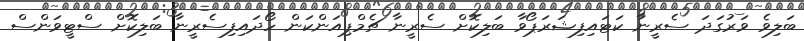
ބަލިވެ ވަރުގަދަ ސެރީނާ ކަޓައިފިޝަރަޕޯވާ ބަލިކޮށް ސެރީނާ ޗެމްޕިއަންކަން ހޯދައިފިސެރީނާ ބަލިކޮށް ސްޓީވަންސް